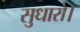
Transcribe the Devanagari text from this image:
सुधारो।